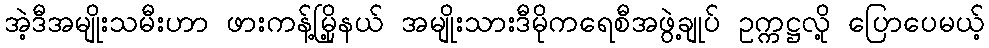
အဲ့ဒီအမျိုးသမီးဟာ ဖားကန့်မြို့နယ် အမျိုးသားဒီမိုကရေစီအဖွဲ့ချုပ် ဥက္ကဋ္ဌလို့ ပြောပေမယ့်